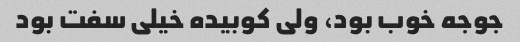
جوجه خوب بود، ولی کوبیده خیلی سفت بود